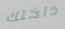
داخلك